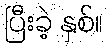
ပြီးခဲ့ နှစ်။